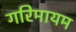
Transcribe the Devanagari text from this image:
गरिमायम